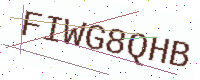
Text: FIWG8QHB